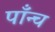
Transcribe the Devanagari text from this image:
पाँन्च